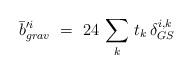
LaTeX: \begin{align*}\bar b^{\prime i}_{grav}\ =\ 24\, \sum_k\, t_k\, \delta^{i,k}_{GS}\end{align*}